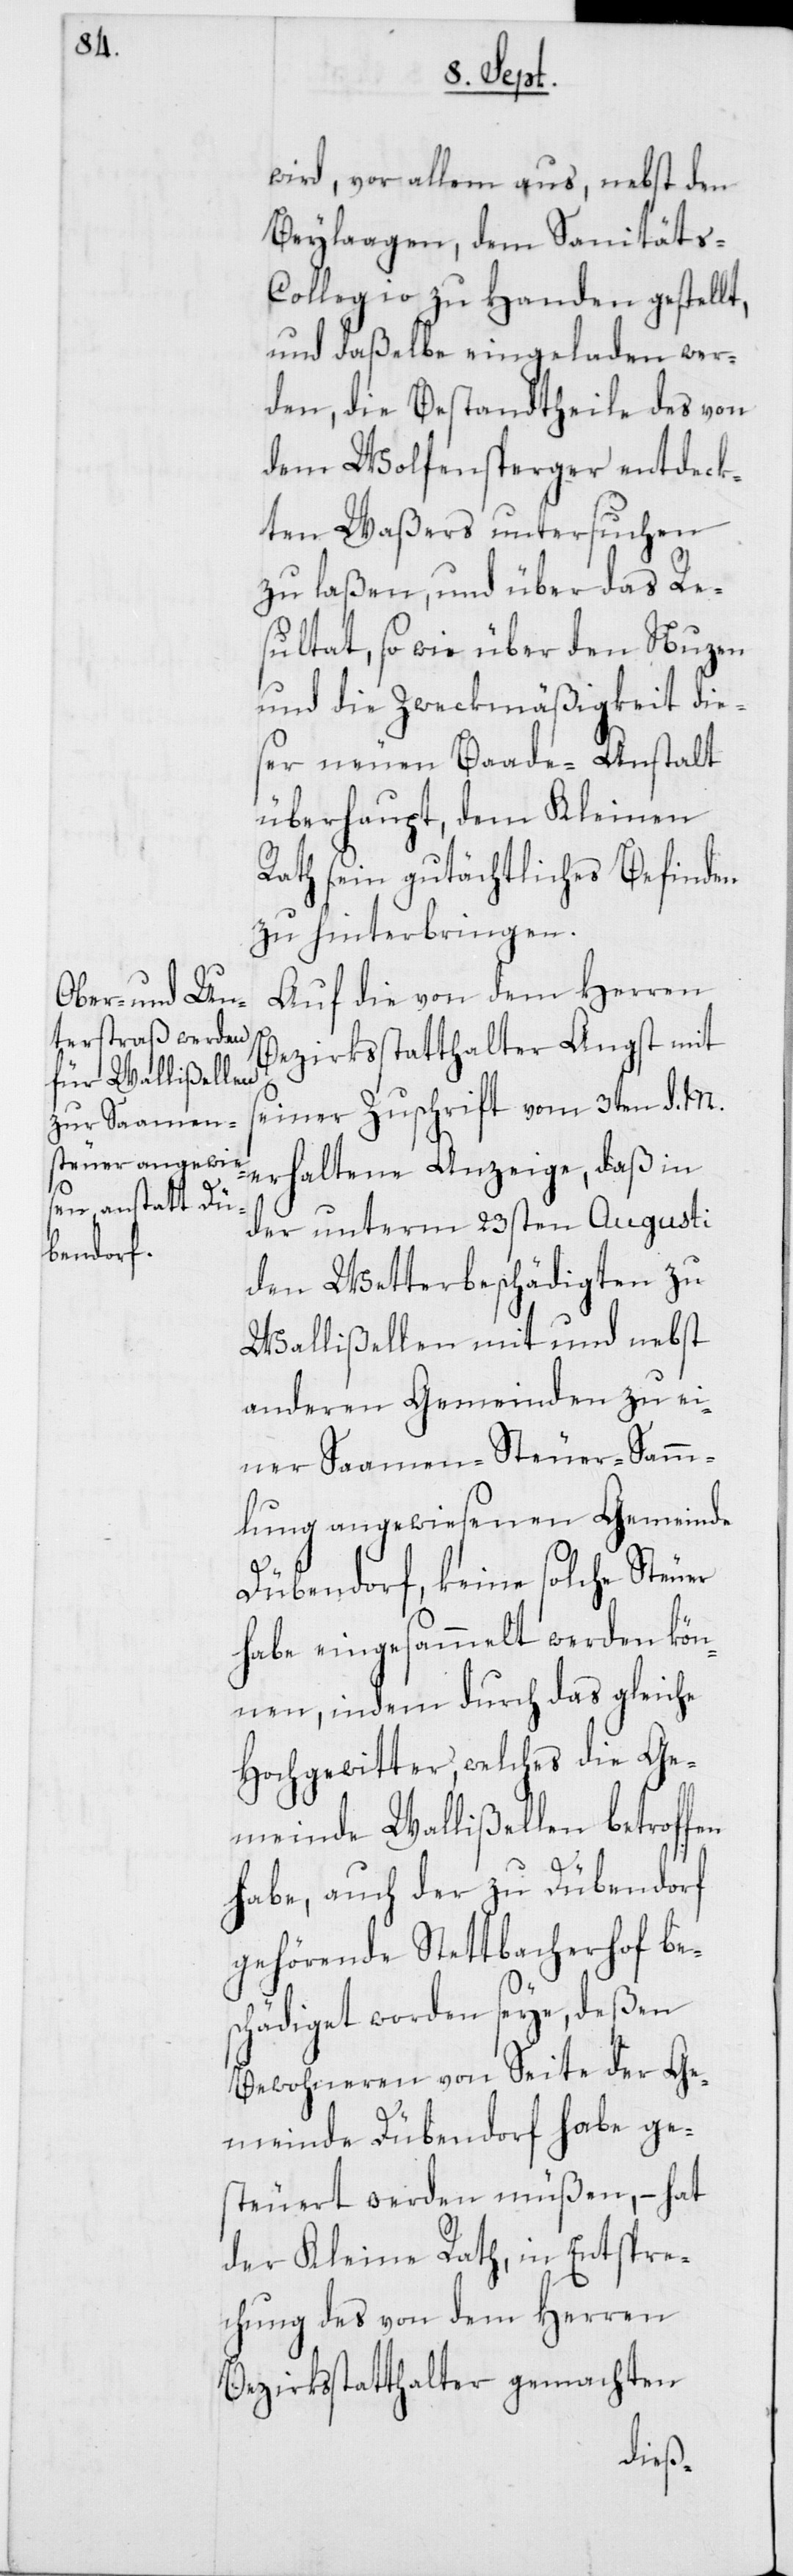
wird, vor allem aus, nebst den
Beylaagen, dem Sanität¬
s-Collegio zu Handen gestellt,
und daßelbe eingeladen wer¬
den, die Bestandtheile des von
dem Wolfensperger entdeck¬
ten Waßers untersuchen
zu laßen, und über das Re¬
sultat, so wie über den Nuzen
und die Zweckmäßigkeit dies¬
er neuen Baade-Anstalt
überhaupt, dem Kleinen
Rath sein gutächtliches Befinden
zu hinterbringen.
Auf die von dem Herren
Bezirksstatthalter Angst mit
seiner Zuschrift vom 3ten d. M.
erhaltene Anzeige, daß in
der unterm 23sten Augusti
den Wetterbeschädigten zu
Wallißellen mit und nebst
anderen Gemeinden zu ei¬
ner Samen-Steuer-Samm¬
lung angewiesenen Gemeinde
Dübendorf, keine solche Steuer
habe eingesammelt werden kön¬
nen, indem durch das gleiche
Hochgewitter, welches die Ge¬
meinde Wallißellen betroffen
habe, auch der zu Dübendorf
gehörende Stettbacherhof bes¬
chädiget worden seye, deßen
Gemeinde Dübendorf habe ges¬
teuert werden müßen, – hat
der Kleine Rath, in Entspre¬
chung des von dem Herren
Bezirksstatthalter gemachten